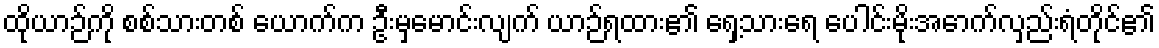
ထိုယာဉ်ကို စစ်သားတစ် ယောက်က ဦးမှမောင်းလျက် ယာဉ်ရထား၏ ရှေ့သားရေ ပေါင်းမိုးအောက်လှည်းရံတိုင်၏